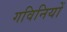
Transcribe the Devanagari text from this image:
गविनियों